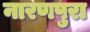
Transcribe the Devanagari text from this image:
नारणपुरा